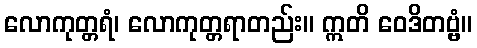
လောကုတ္တရံ၊ လောကုတ္တရာတည်း။ ဣတိ ဝေဒိတဗ္ဗံ။